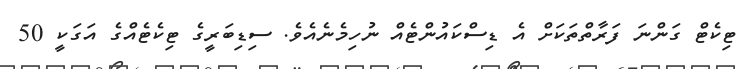
ޓިކެޓް ގަންނަ ފަރާތްތަކަށް އެ ޑިސްކައުންޓެއް ނުހިމެނެއެވެ. ސިޑިބަރީގެ ޓިކެޓެއްގެ އަގަކީ 50